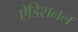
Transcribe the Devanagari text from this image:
ऐडिशनल